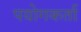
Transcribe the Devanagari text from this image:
पयोगकर्ता